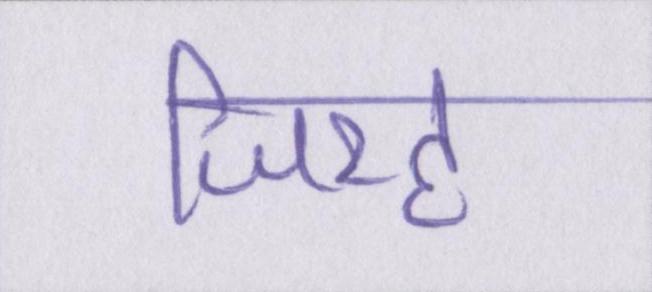
जिरह